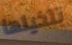
تتخيلها